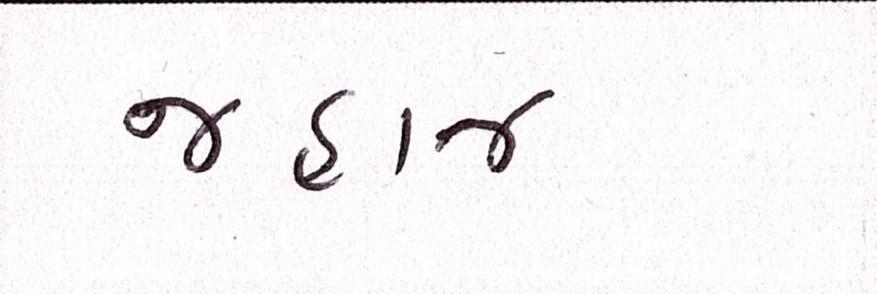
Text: જહાજ